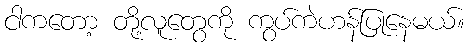
ငါကတော့ တို့လူတွေကို ကွပ်ကဲဟန်ပြုနေမယ်။